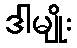
ဒါမျိုး